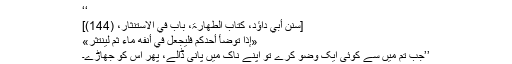
‘‘
[سنن أبي داؤد، کتاب الطھارۃ، باب في الاستنثار، (144)]
«إِذَا تَوَضَّأَ أَحَدُكُمْ فَلِيَجْعَلْ فِي أَنْفِهِ مَاءً ثُمَّ لِيَنْتَثِرْ»
’’جب تم میں سے کوئی ایک وضو کرے تو اپنے ناک میں پانی ڈالے، پھر اس کو جھاڑے۔